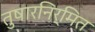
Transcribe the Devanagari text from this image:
तुषारनिर्मित